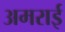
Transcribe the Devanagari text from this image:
अमराई